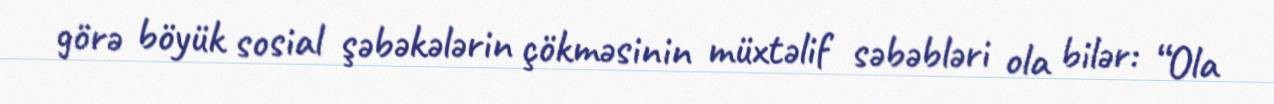
görə böyük sosial şəbəkələrin çökməsinin müxtəlif səbəbləri ola bilər: “Ola